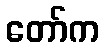
တော်က